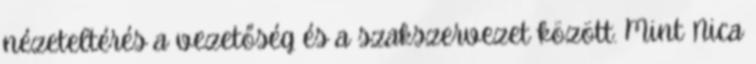
nézeteltérés a vezetőség és a szakszervezet között. Mint Nica